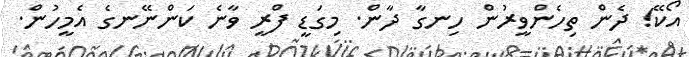
އޯކޭ! ދެން ތިހެންވީރުން ހިނގާ ދާން. މިގަޑީ ފްރީ ވާނެ ކަންނޭނގެ އެމީހުން.